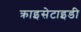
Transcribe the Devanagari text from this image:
क्राइसेटाइडी